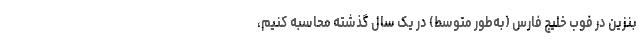
بنزین در فوب خلیج فارس (به‌طور متوسط) در یک سال گذشته محاسبه کنیم،